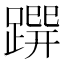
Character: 𨃿